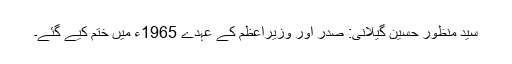
سید منظور حسین گیلانی: صدر اور وزیراعظم کے عہدے 1965ء میں ختم کیے گئے۔